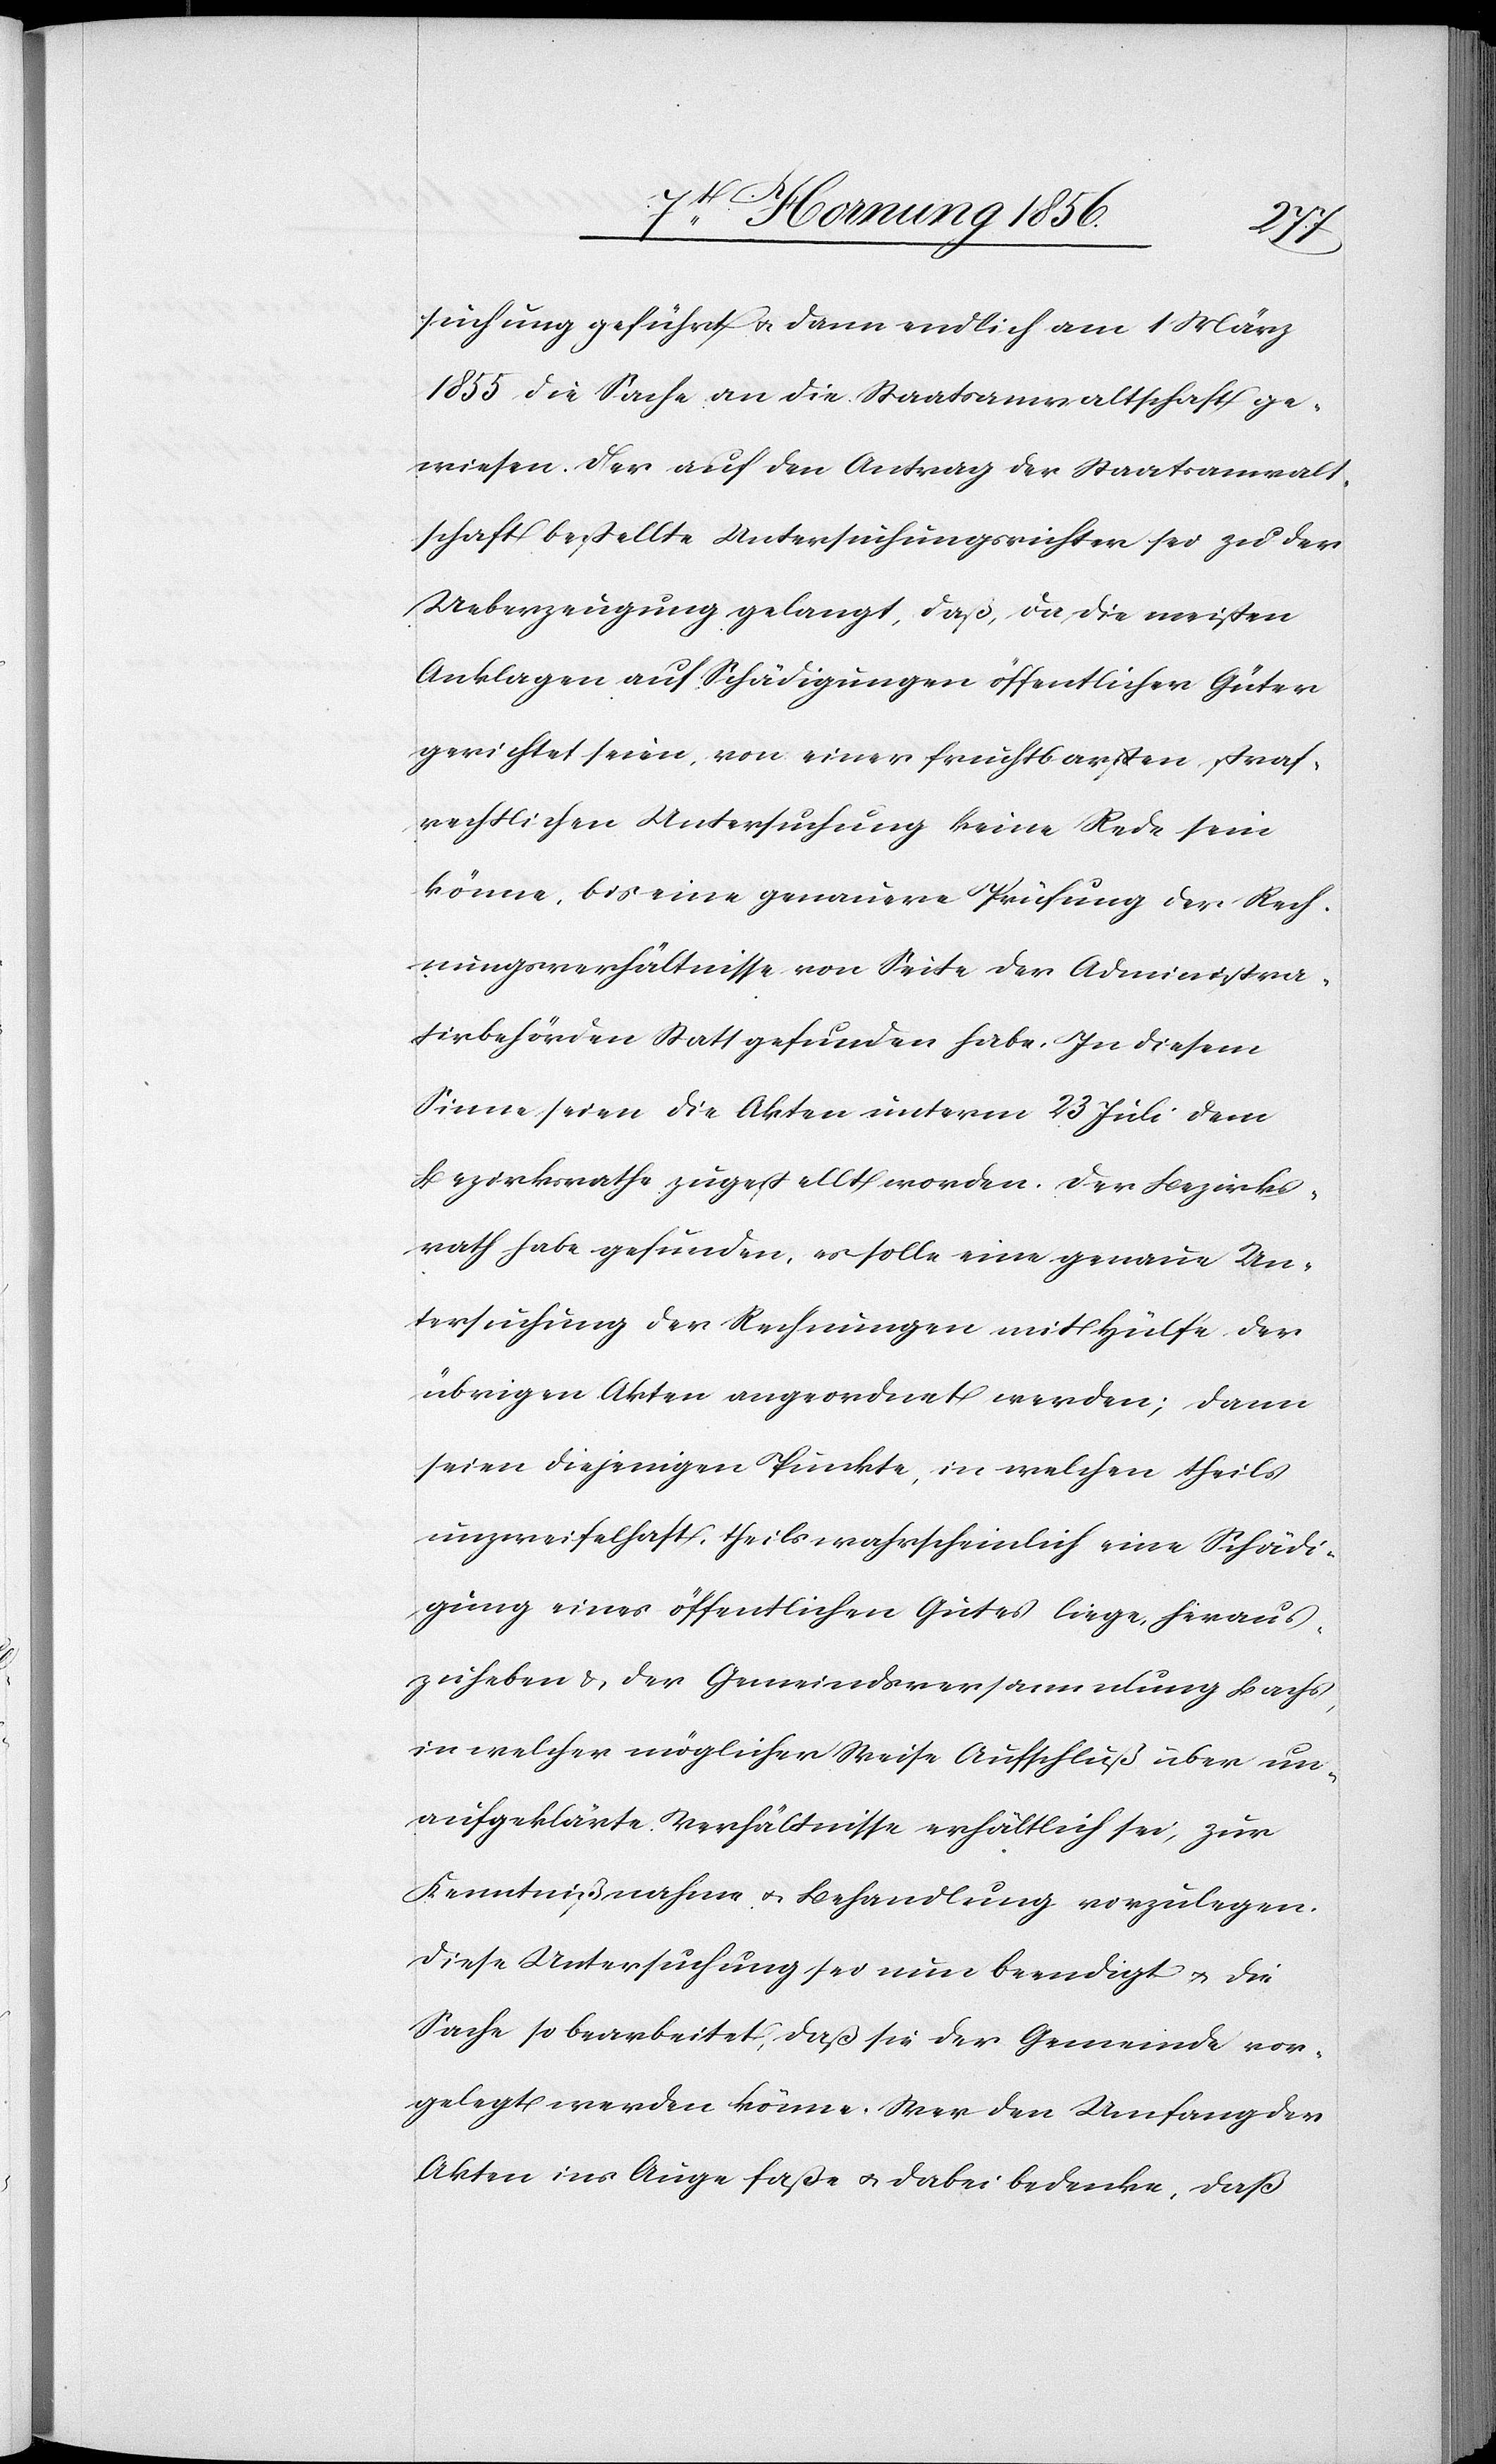
suchung geführt u. dann endlich am 1 März
1855 die Sache an die Staatsanwaltschaft ge¬
wiesen. Der auf den Antrag der Staatsanwalt¬
schaft bestellte Untersuchungsrichter sei zu der
Ueberzeugung gelangt, daß, da die meisten
Anklagen auf Schädigungen öffentlicher Güter
gerichtet seien, von einer fruchtbara-st-aen straf¬
rechtlichen Untersuchung keine Rede sein
könne, bis eine genauere Prüfung der Rech¬
nungsverhältnisse von Seite der Administra¬
tivbehörden stattgefunden habe. In diesem
Sinne seien die Akten unterm 23 Juli dem
Bezirksrathe zugestellt worden. Der Bezirks¬
rath habe gefunden, es solle eine genaue Un¬
tersuchung der Rechnungen mit Hülfe der
übrigen Akten angeordnet werden; dann
seien diejenigen Punkte, in welchen theils
unzweifelhaft, theils wahrscheinlich eine Schädi¬
gung eines öffentlichen Gutes liege, heraus¬
zuheben & der Gemeindsversammlung Bachs,
in welcher möglicher Weise Aufschluß über un¬
aufgeklärte Verhältnisse erhältlich sei, zur
Kenntnißnahme u. Behandlung vorzulegen.
Diese Untersuchung sei nun beendigt u. die
Sache so bearbeitet, daß sie der Gemeinde vor¬
gelegt werden könne. Wer den Umfang der
Akten ins Auge faße u. dabei bedenke, daß